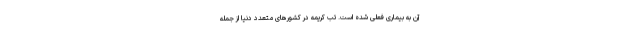
آن به بیماری فعلی شده است. تب کریمه در کشورهای متعدد دنیا از جمله